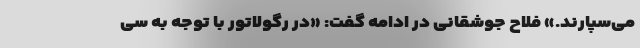
می‌سپارند.» فلاح جوشقانی در ادامه گفت: «در رگولاتور با توجه به سی